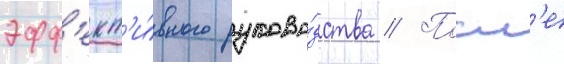
эфф'ект'и́вного руково́дства // Посл'е